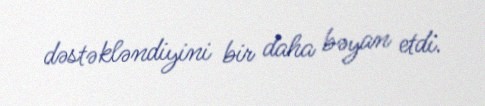
dəstəkləndiyini bir daha bəyan etdi.